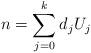
LaTeX: \begin{align*}n=\sum_{j=0}^{k} d_j U_j\end{align*}